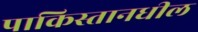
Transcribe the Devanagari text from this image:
पाकिस्तानधील